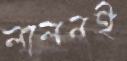
লালনই